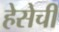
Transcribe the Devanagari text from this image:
हेसेची